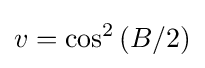
v=\cos ^{2}\left(B/2\right)